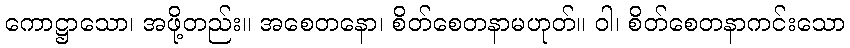
ကောဋ္ဌာသော၊ အဖို့တည်း။ အစေတနော၊ စိတ်စေတနာမဟုတ်။ ဝါ၊ စိတ်စေတနာကင်းသော